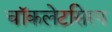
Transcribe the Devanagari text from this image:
चॉकलेटसिरप